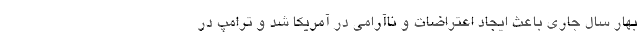
بهار سال جاری باعث ایجاد اعتراضات و ناآرامی در آمریکا شد و ترامپ در